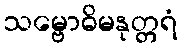
သမ္ဗောဓိမနုတ္တရံ